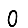
Digit: 0